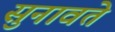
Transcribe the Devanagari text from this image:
सुनावते